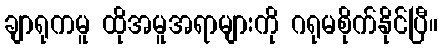
ချာရုကမူ ထိုအမူအရာများကို ဂရုမစိုက်နိုင်ပြီ။